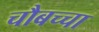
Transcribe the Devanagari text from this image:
चौबच्चा